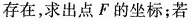
存在，求出点F的坐标；若